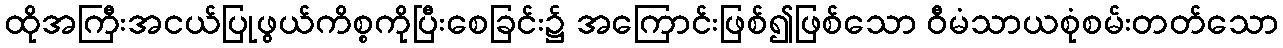
ထိုအကြီးအငယ်ပြုဖွယ်ကိစ္စကိုပြီးစေခြင်း၌ အကြောင်းဖြစ်၍ဖြစ်သော ဝီမံသာယစုံစမ်းတတ်သော